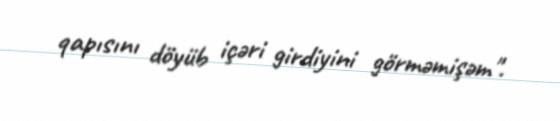
qapısını döyüb içəri girdiyini görməmişəm".